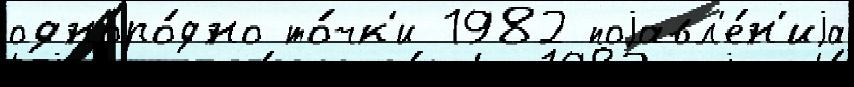
одноро́дно то́чк'и 1982 поjавл'е́н'иjа